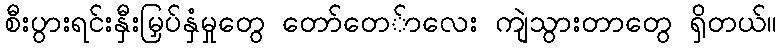
စီးပွားရင်းနှီးမြှပ်နှံမှုတွေ တော်တေ်ာလေး ကျဲသွားတာတွေ ရှိတယ်။